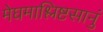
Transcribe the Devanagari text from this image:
मेघमाश्लिष्टसानुं